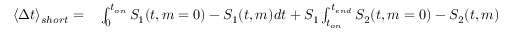
\begin{array} { r l } { \langle \Delta t \rangle _ { s h o r t } = } & { { } \int _ { 0 } ^ { t _ { o n } } S _ { 1 } ( t , m = 0 ) - S _ { 1 } ( t , m ) d t + S _ { 1 } \int _ { t _ { o n } } ^ { t _ { e n d } } S _ { 2 } ( t , m = 0 ) - S _ { 2 } ( t , m ) d t + } \end{array}